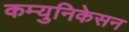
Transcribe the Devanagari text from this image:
कम्युनिकेसन